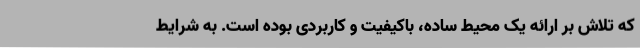
که تلاش بر ارائه یک محیط ساده، باکیفیت و کاربردی بوده است. به شرایط